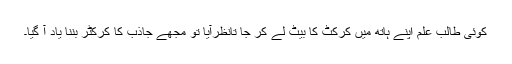
کوئی طالب علم اپنے ہاتھ میں کرکٹ کا بیٹ لے کر جا تانظرآیا تو مجھے جاذب کا کرکٹر بننا یاد آ گیا۔